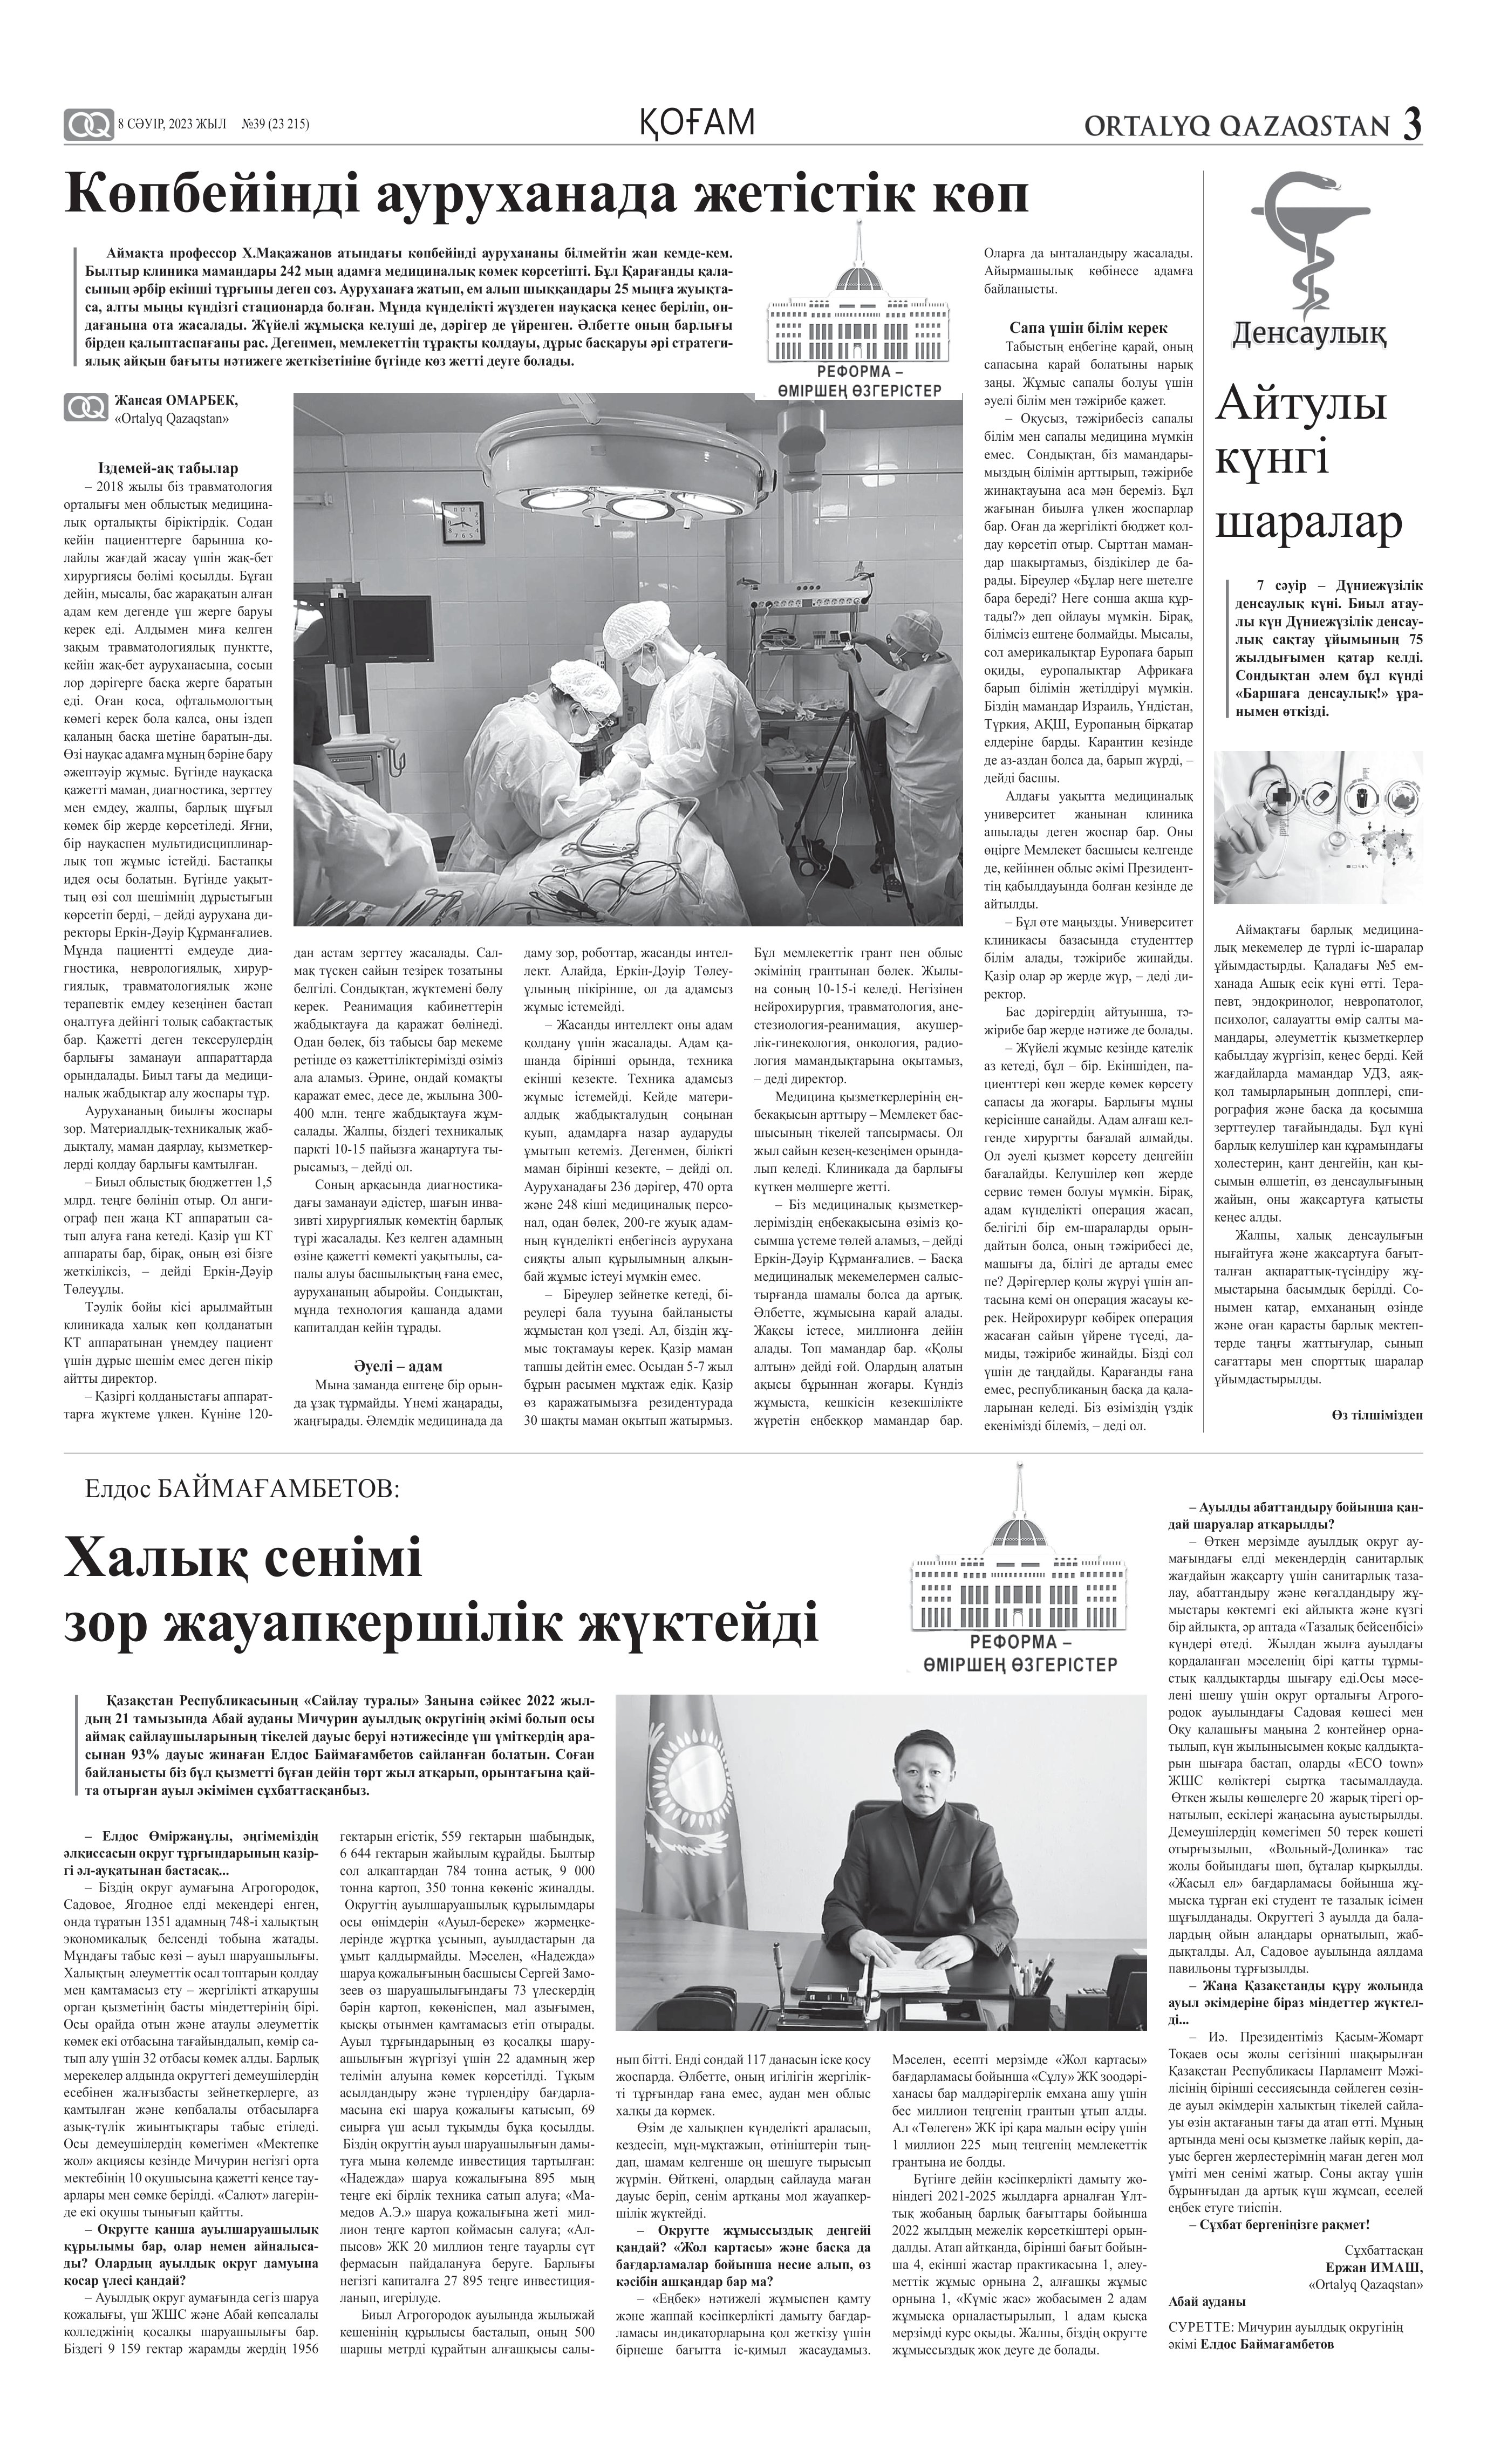
Language: kk